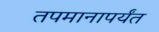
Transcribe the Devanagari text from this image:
तपमानापर्यंत